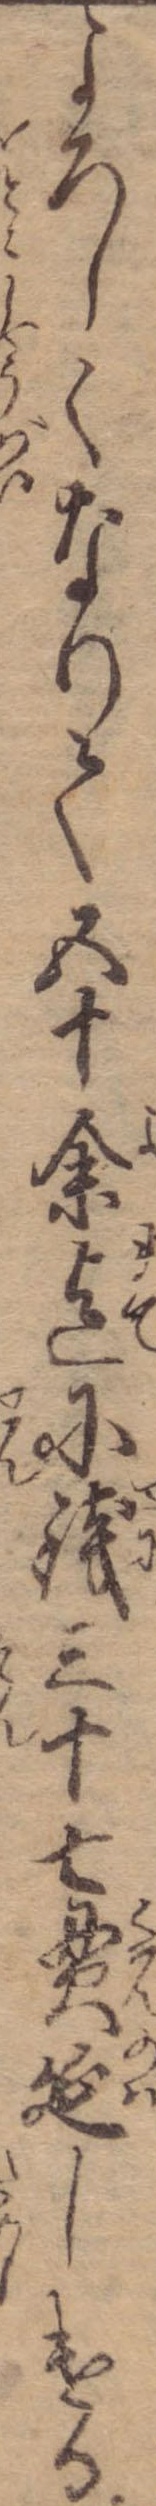
よろしくなりて五十余迄に銭三十七貫延しける